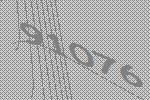
91076